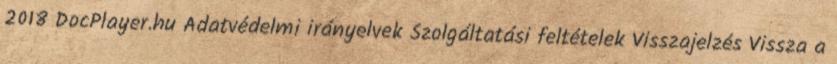
2018 DocPlayer.hu Adatvédelmi irányelvek Szolgáltatási feltételek Visszajelzés Vissza a